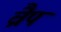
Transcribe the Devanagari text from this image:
व्रैप